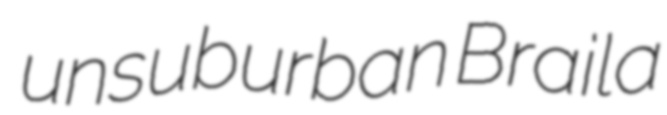
unsuburban Braila